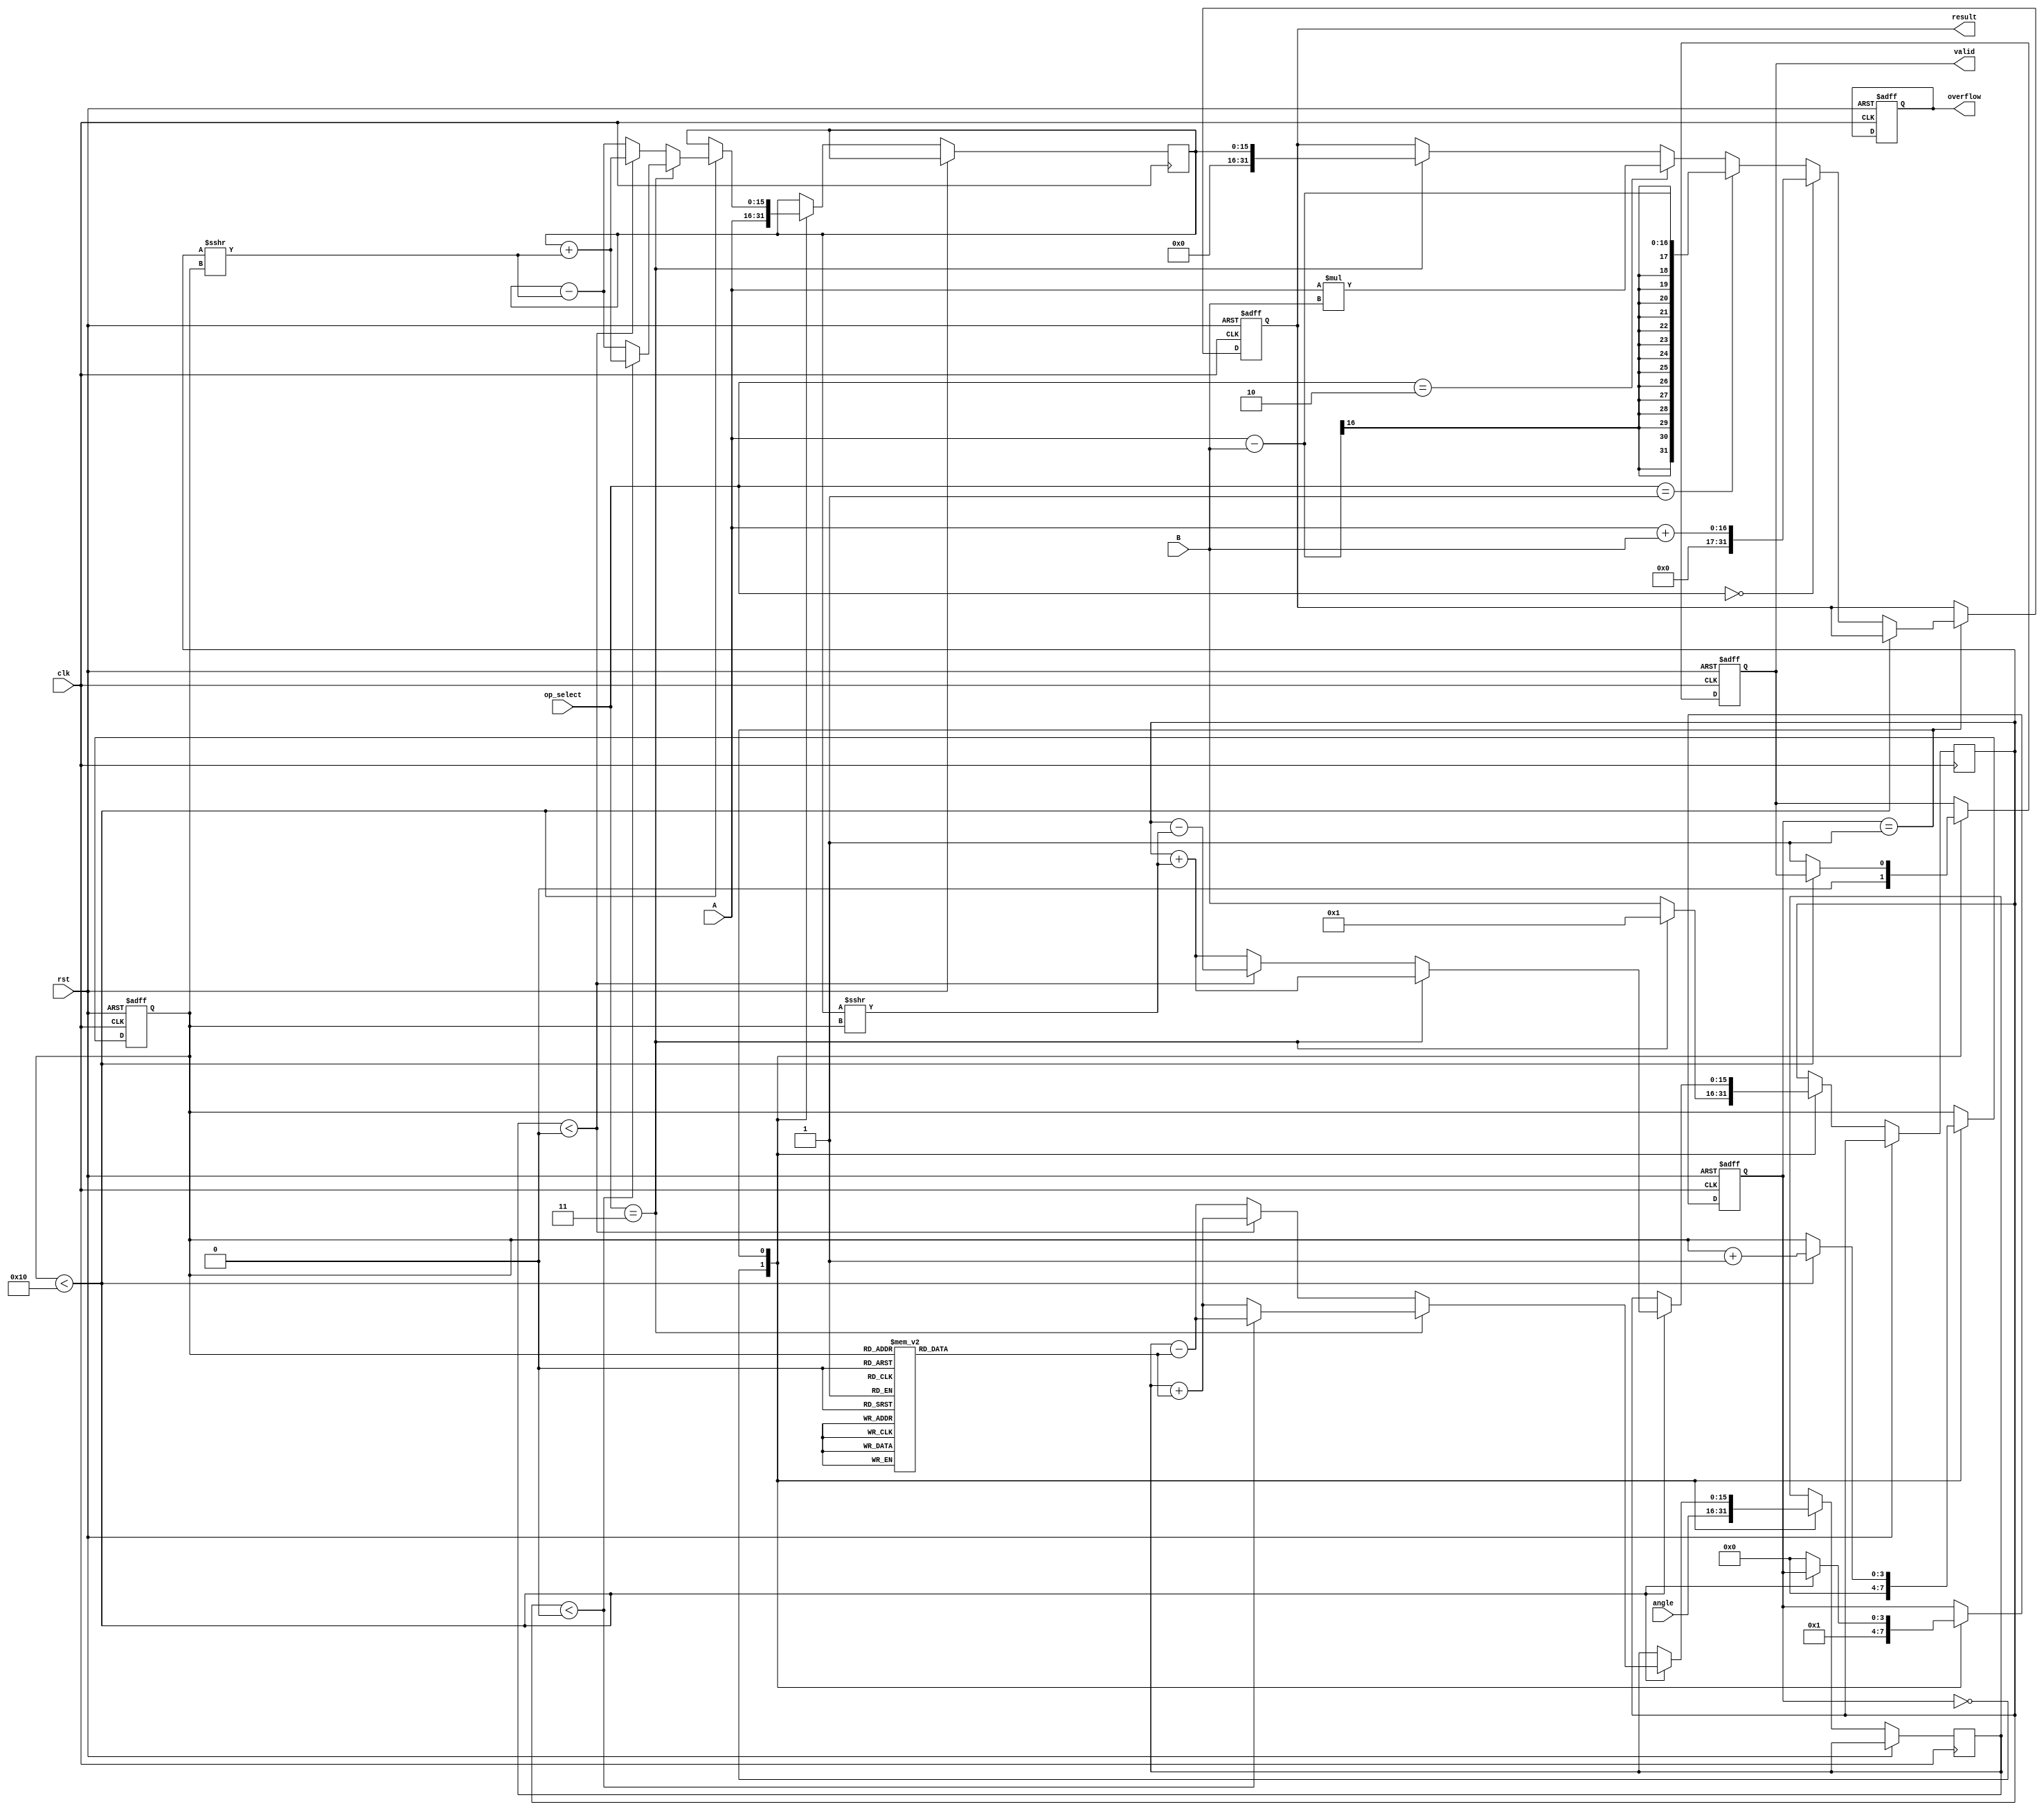
module cordic_arithmetic (
    input wire clk,
    input wire rst,
    input wire [15:0] A,        // Operand A
    input wire [15:0] B,        // Operand B
    input wire [1:0] op_select, // Operation selector
    input wire [15:0] angle,     // Angle input for trigonometric functions
    output reg [31:0] result,    // Result of the operation
    output reg valid,            // Result valid flag
    output reg overflow          // Overflow flag
);

    // Parameters
    parameter N = 16; // Number of iterations
    parameter ADD = 2'b00;
    parameter SUB = 2'b01;
    parameter MUL = 2'b10;
    parameter DIV = 2'b11;
    parameter CORDIC_MODE_ROTATION = 1'b0;
    parameter CORDIC_MODE_VECTORING = 1'b1;

    // Internal signals
    reg [15:0] x, y, z; // CORDIC variables
    reg [3:0] state;    // FSM state
    reg [3:0] iteration; // Iteration counter
    reg [15:0] angle_table [0:N-1]; // Angle lookup table

    // Initialize angle table (pre-computed values)
    initial begin
        angle_table[0] = 16'h1C90; // atan(2^-0)
        angle_table[1] = 16'h0DAC; // atan(2^-1)
        angle_table[2] = 16'h05A8; // atan(2^-2)
        // ... Fill in the rest of the angle values
    end

    // FSM for controlling the CORDIC operations
    always @(posedge clk or posedge rst) begin
        if (rst) begin
            state <= 0;
            iteration <= 0;
            valid <= 0;
            overflow <= 0;
            result <= 0;
        end else begin
            case (state)
                0: begin
                    // Initialization
                    x <= A;
                    y <= (op_select == DIV) ? 16'h0001 : B; // Avoid division by zero
                    z <= angle;
                    iteration <= 0;
                    valid <= 0;
                    state <= 1;
                end
                1: begin
                    // CORDIC iterations
                    if (iteration < N) begin
                        // Perform rotation or vectoring based on mode
                        if (op_select == DIV) begin
                            // Vectoring mode for division
                            if (y < 0) begin
                                x <= x + (y >>> iteration);
                                y <= y + (x >>> iteration);
                                z <= z - angle_table[iteration];
                            end else begin
                                x <= x - (y >>> iteration);
                                y <= y + (x >>> iteration);
                                z <= z + angle_table[iteration];
                            end
                        end else begin
                            // Rotation mode for trigonometric functions
                            if (z < 0) begin
                                x <= x + (y >>> iteration);
                                y <= y - (x >>> iteration);
                                z <= z + angle_table[iteration];
                            end else begin
                                x <= x - (y >>> iteration);
                                y <= y + (x >>> iteration);
                                z <= z - angle_table[iteration];
                            end
                        end
                        iteration <= iteration + 1;
                    end else begin
                        // Finalize result
                        if (op_select == ADD) begin
                            result <= A + B;
                        end else if (op_select == SUB) begin
                            result <= A - B;
                        end else if (op_select == MUL) begin
                            result <= A * B; // Simple multiplication
                        end else if (op_select == DIV) begin
                            result <= x; // x will contain the result of division
                        end
                        valid <= 1;
                        state <= 0; // Go back to initialization
                    end
                end
            endcase
        end
    end
endmodule